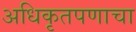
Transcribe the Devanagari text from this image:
अधिकृतपणाचा